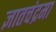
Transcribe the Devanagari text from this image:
ज्ञातचंद्रमा